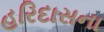
હરિદાસના